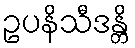
ဥပနိသီဒန္တိ